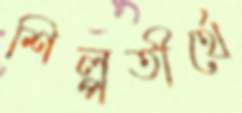
শিল্পতীর্থে